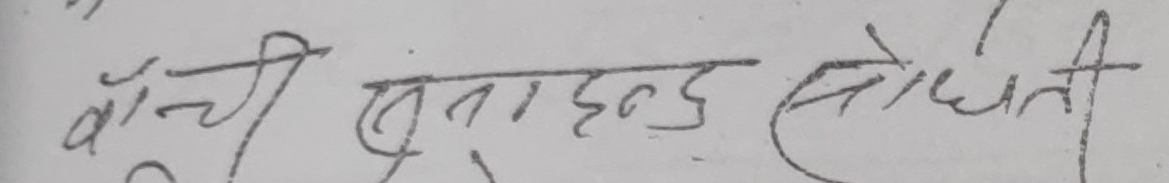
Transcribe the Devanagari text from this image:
बाँची सुनाईन्छ तोधिती